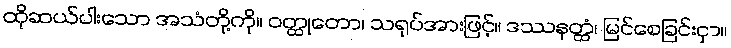
ထိုဆယ်ပါးသော အသံတို့ကို။ ဝတ္ထုတော၊ သရုပ်အားဖြင့်။ ဒဿနတ္ထံ၊ မြင်စေခြင်းငှာ။